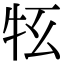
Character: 𤘳